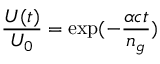
\frac { U ( t ) } { U _ { 0 } } = \exp ( - \frac { \alpha c t } { n _ { g } } )